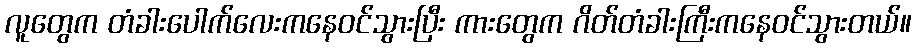
လူတွေက တံခါးပေါက်လေးကနေဝင်သွားပြီး ကားတွေက ဂိတ်တံခါးကြီးကနေဝင်သွားတယ်။